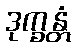
ဒုက္ခန္တံ